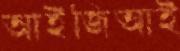
আইজিআই